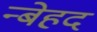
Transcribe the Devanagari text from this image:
न्बेहद